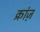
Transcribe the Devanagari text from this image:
क्रांज़